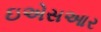
ઇએસઆર